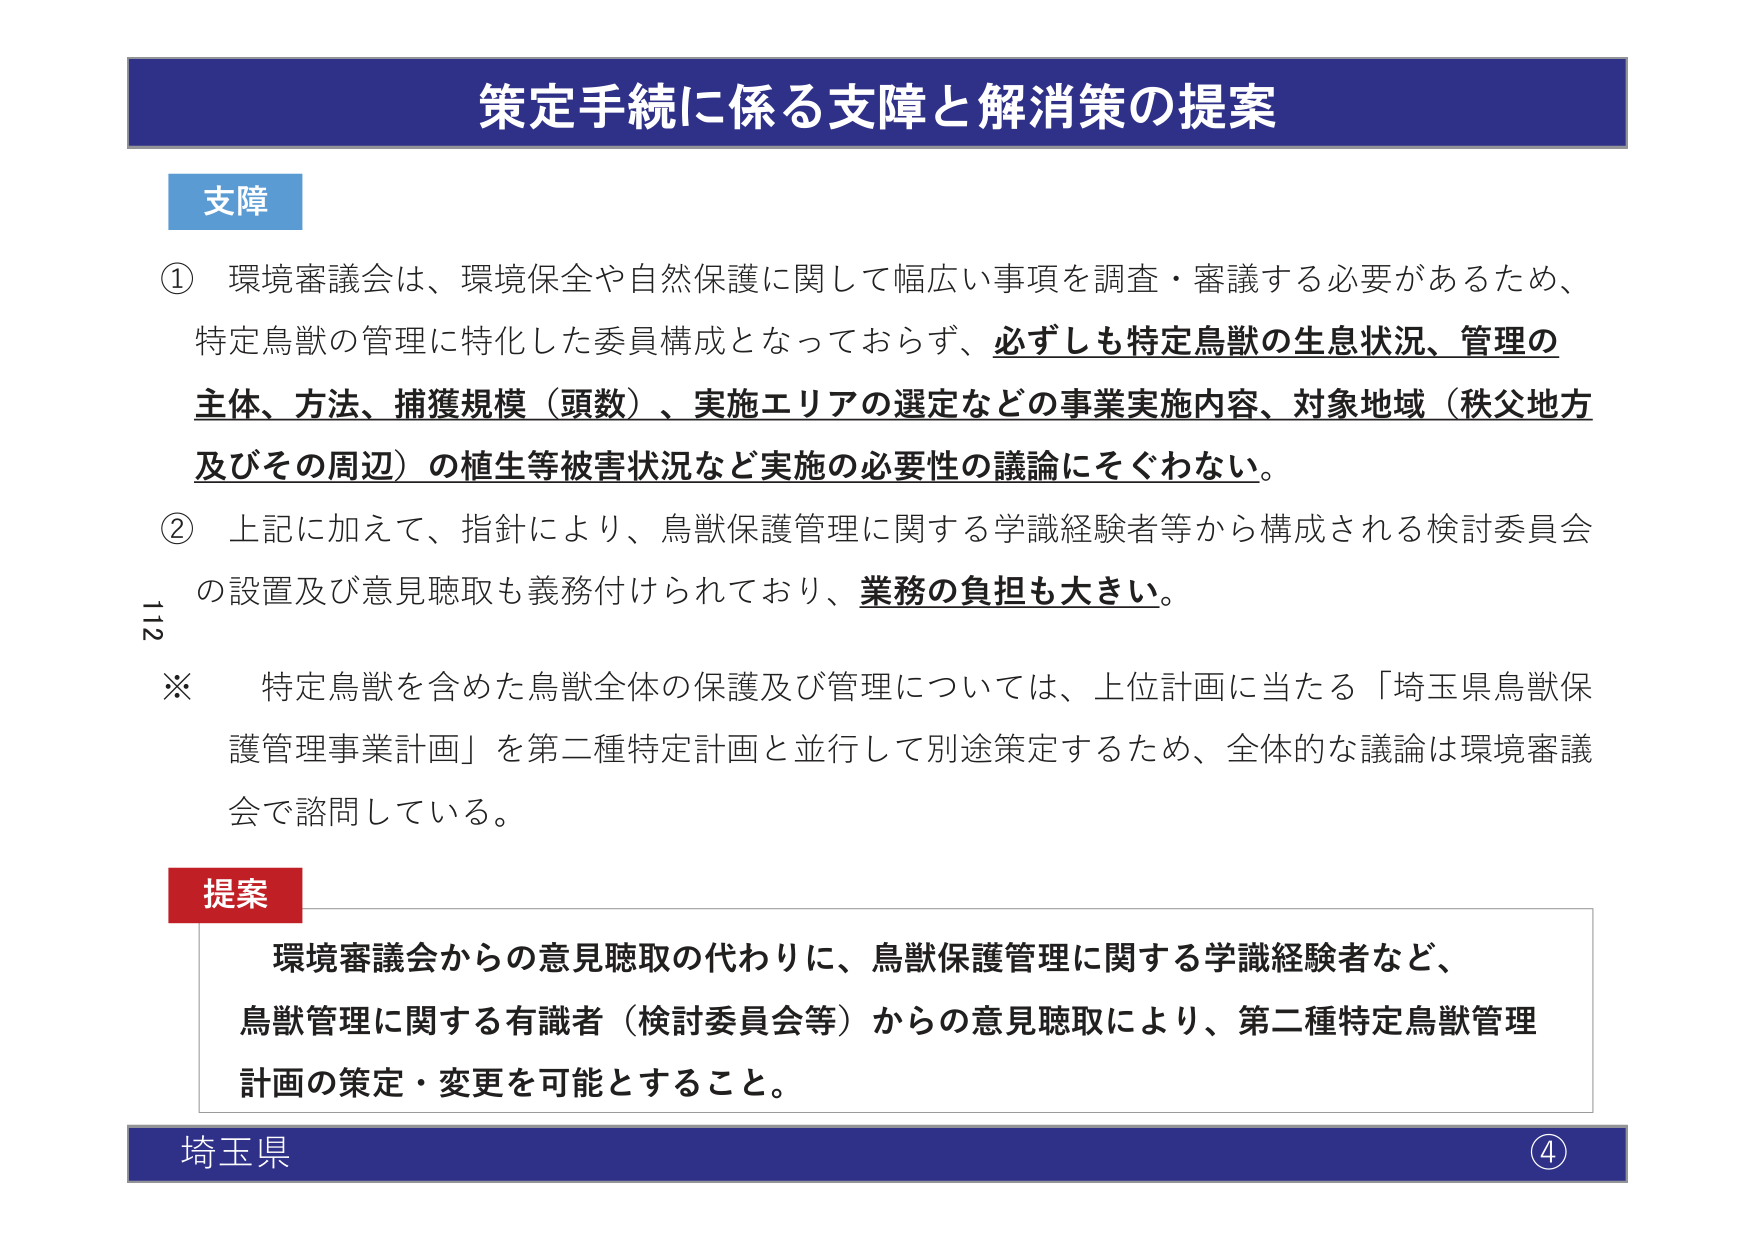
策定手続に係る支障と解消策の提案

支障

① 環境審議会は、環境保全や自然保護に関して幅広い事項を調査・審議する必要があるため、特定鳥獣の管理に特化した委員構成となっておらず、必ずしも特定鳥獣の生息状況、管理の主体、方法、捕獲規模（頭数）、実施エリアの選定などの事業実施内容、対象地域（秩父地方及びその周辺）の植生等被害状況など実施の必要性の議論にそぐわない。

② 上記に加えて、指針により、鳥獣保護管理に関する学識経験者等から構成される検討委員会の設置及び意見聴取も義務付けられており、業務の負担も大きい。

※ 特定鳥獣を含めた鳥獣全体の保護及び管理については、上位計画に当たる「埼玉県鳥獣保護管理事業計画」を第二種特定計画と並行して別途策定するため、全体的な議論は環境審議会で諮問している。

提案

環境審議会からの意見聴取の代わりに、鳥獣保護管理に関する学識経験者など、鳥獣管理に関する有識者（検討委員会等）からの意見聴取により、第二種特定鳥獣管理計画の策定・変更を可能とすること。

埼玉県 ④

112